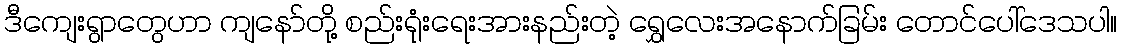
ဒီကျေးရွာတွေဟာ ကျနော်တို့ စည်းရုံးရေးအားနည်းတဲ့ ရွှေလေးအနောက်ခြမ်း တောင်ပေါ်ဒေသပါ။